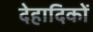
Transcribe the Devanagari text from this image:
देहादिकों